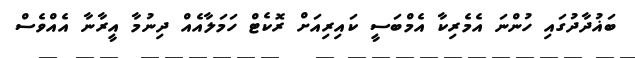
ބަޣުދާދުގައި ހުންނަ އެމެރިކާ އެމްބަސީ ކައިރިއަށް ރޮކެޓް ހަމަލާއެއް ދިނުމާ އީރާނާ އެއްވެސް